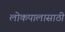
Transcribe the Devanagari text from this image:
लोकपालासाठी